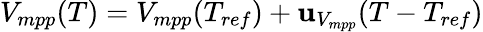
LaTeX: V_{mpp}(T)=V_{mpp}(T_{ref})+\mathbf{u}_{V_{mpp}}(T-T_{ref})